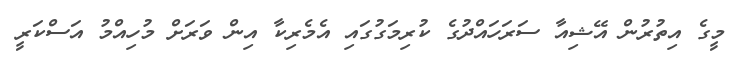
މީގެ އިތުރުން އޭޝިއާ ސަރަހައްދުގެ ކުރިމަގުގައި އެމެރިކާ އިން ވަރަށް މުހިއްމު އަސްކަރީ